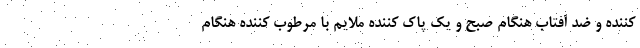
کننده و ضد آفتاب هنگام صبح و یک پاک کننده ملایم با مرطوب کننده هنگام